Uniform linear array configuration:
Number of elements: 64
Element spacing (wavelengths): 1
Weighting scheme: hamming
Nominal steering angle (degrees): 0
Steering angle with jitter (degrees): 1.994
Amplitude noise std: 0.05
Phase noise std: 0.05

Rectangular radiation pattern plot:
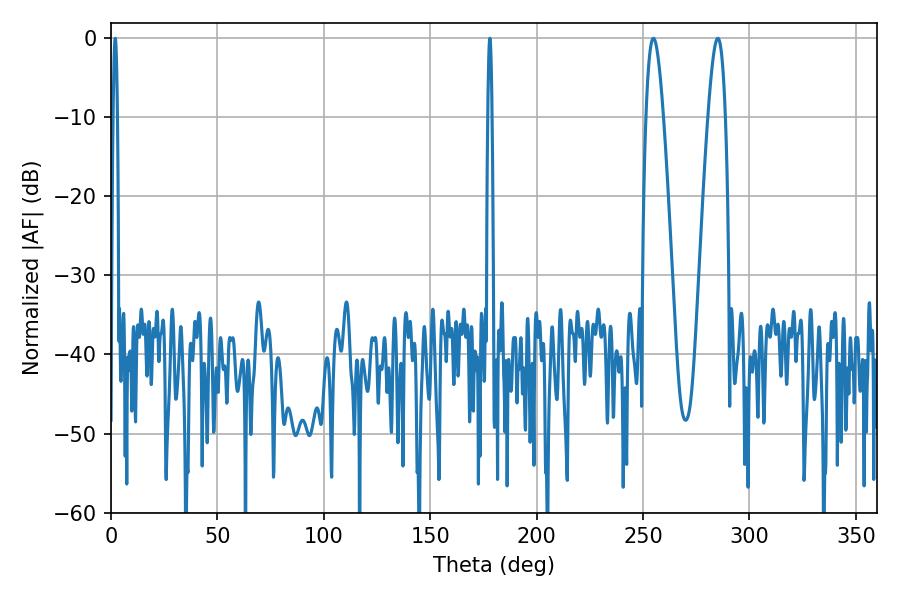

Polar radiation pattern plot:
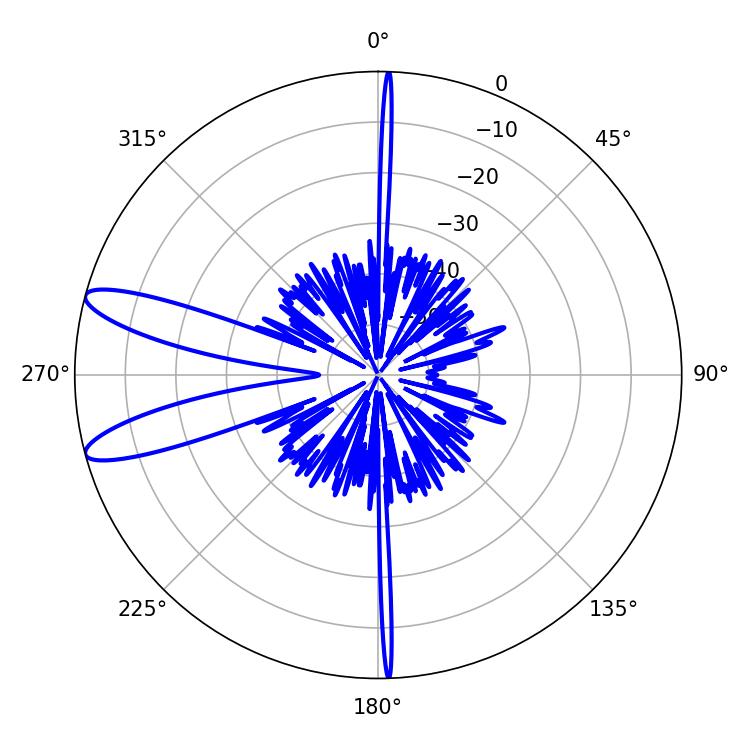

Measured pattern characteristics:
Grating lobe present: TRUE
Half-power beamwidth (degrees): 4.32
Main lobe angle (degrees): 285.12